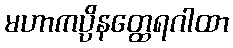
မဟာကပ္ပိနတ္ထေရဂါထာ